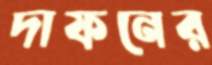
দাফনের